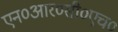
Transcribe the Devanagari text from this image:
एन०आर०सी०एच०